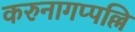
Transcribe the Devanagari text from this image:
करुनागप्पल्लि